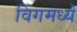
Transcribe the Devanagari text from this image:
विंगमध्ये